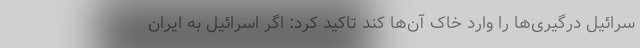
سرائیل درگیری‌ها را وارد خاک آن‌ها کند تاکید کرد: اگر اسرائیل به ایران